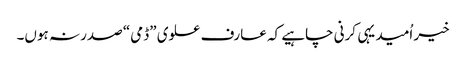
خیر اُمید یہی کرنی چاہیے کہ عارف علوی ”ڈمی“ صدر نہ ہوں۔